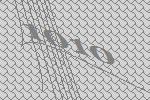
1010